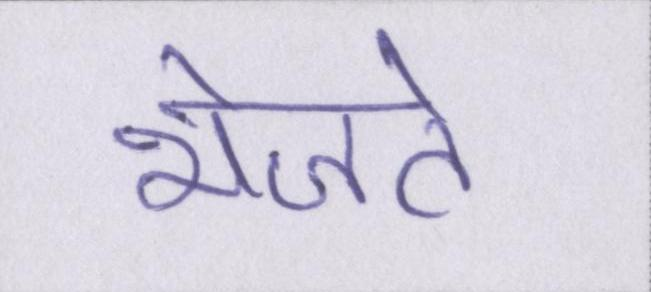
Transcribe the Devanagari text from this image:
भेजते